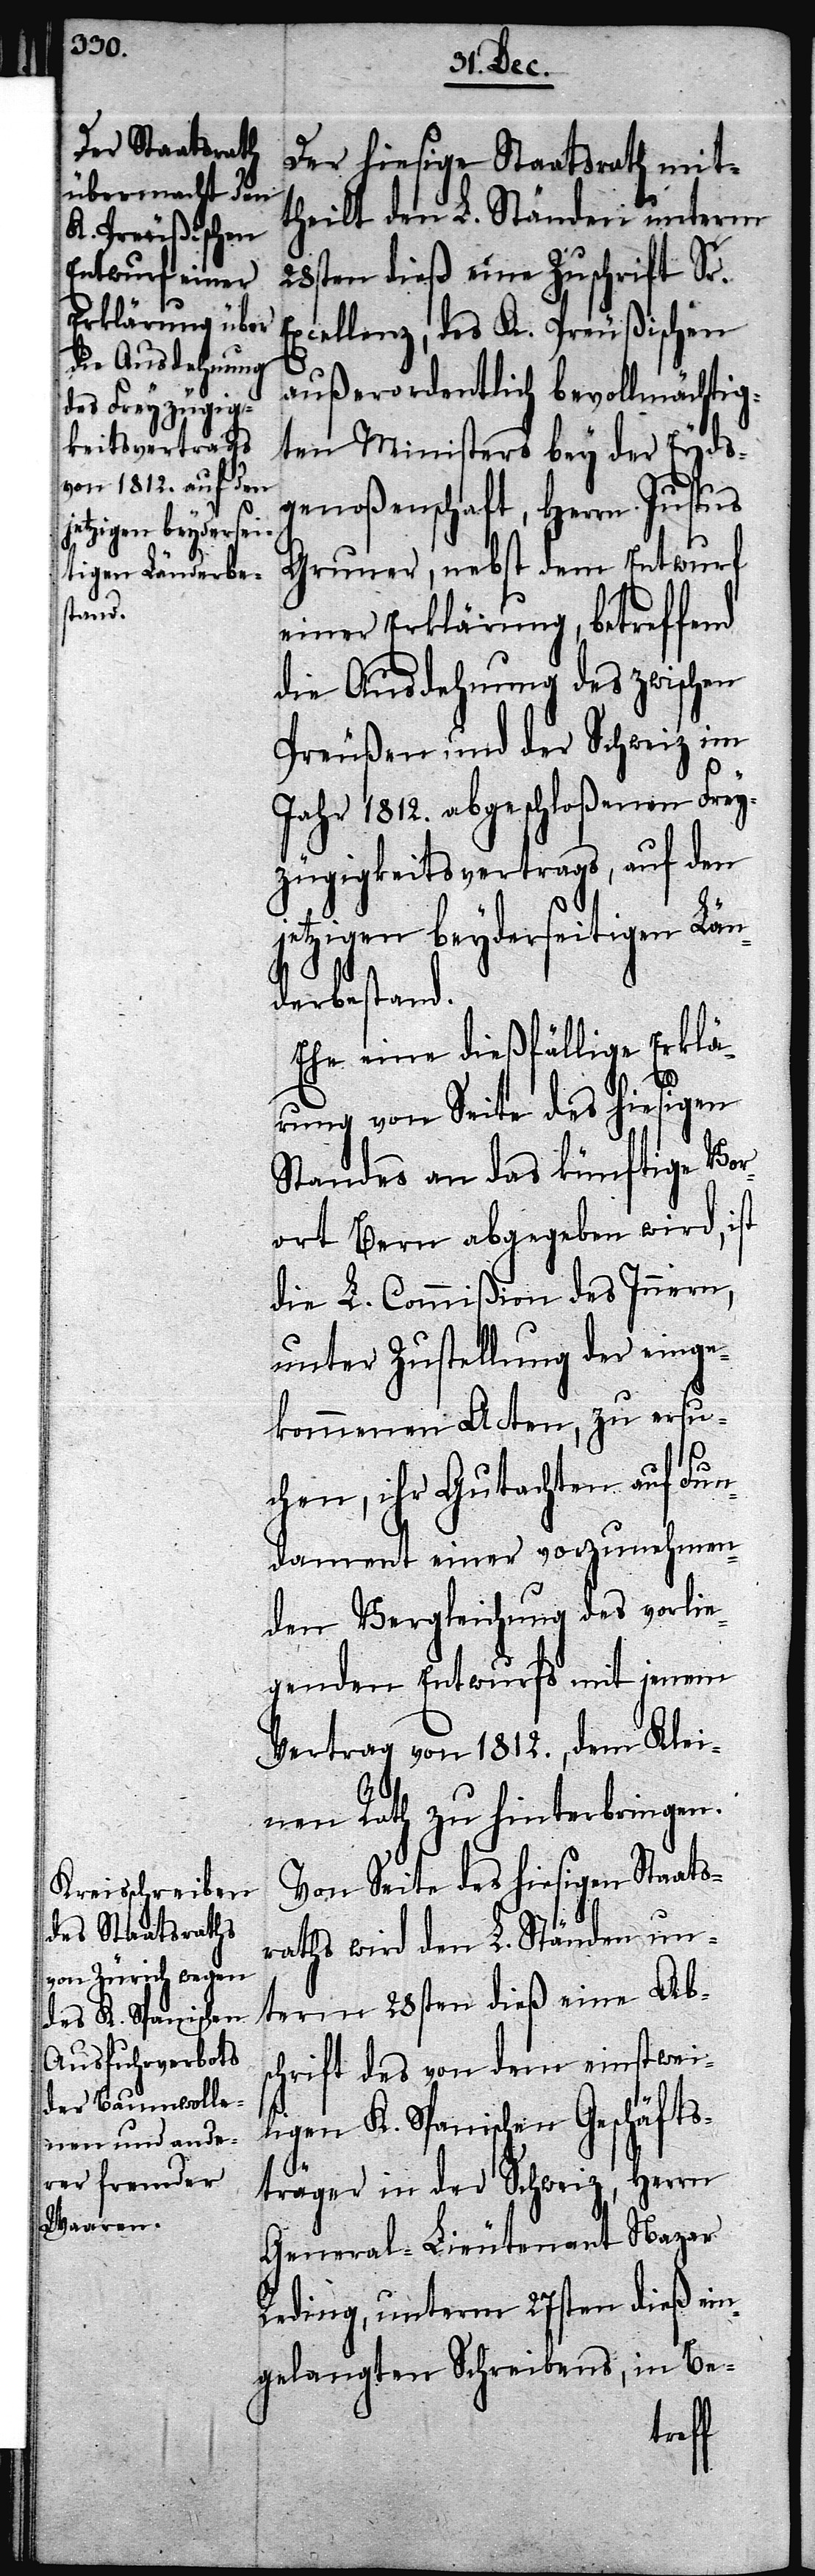
jetzigen beydersei¬
tigen Länderbe¬
stand.

Der hiesige Staatsrath mit¬
theilt den L. Ständen unterm
28sten dieß eine Zuschrift Sr.
Excellenz, des K. Preußischen
außerordentlich bevollmächtig¬
ten Ministers bey der Eyds¬
genoßenschaft, Herrn Justus
Gruner, nebst dem Entwurf
einer Erklärung, betreffend
die Ausdehnung des zwischen
Preußen und der Schweiz im
Jahr 1812. abgeschlossenen Frey¬
zügigkeitsvertrags, auf den
Ehe eine dießfällige Erklä¬
rung von Seite des hiesigen
Standes an das künftige Vor¬
ort Bern abgegeben wird, ist
die L. Commißion des Innern,
unter Zustellung der einge¬
kommenen Acten, zu ersu¬
chen, ihr Gutachten auf Fun¬
dament einer vorzunehmen¬
den Vergleichung des vorlie¬
genden Entwurfs mit jenem
Vertrag von 1812., dem Klei¬
nen Rath zu hinterbringen.
Von Seite des hiesigen Staats¬
raths wird den L. Ständen un¬
term 28sten dieß eine Abs¬
chrift des von dem einstwei¬
ligen K. Spanischen Geschäfts¬
träger in der Schweiz, Herrn
General-Lieutenant Nazar
Reding, unterm 27sten dieß ein¬
gelangten Schreibens, in Be-